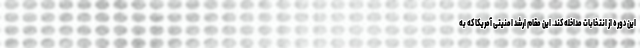
این دوره از انتخابات مداخله کند. این مقام ارشد امنیتی آمریکا که به